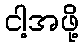
ငါ့အဖို့